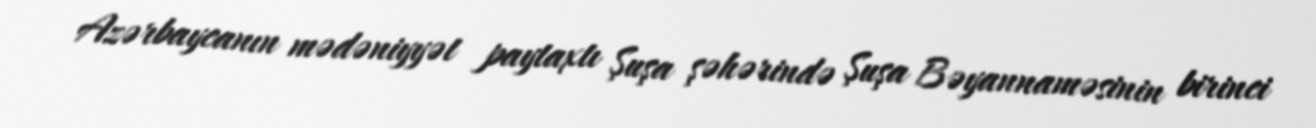
Azərbaycanın mədəniyyət paytaxtı Şuşa şəhərində Şuşa Bəyannaməsinin birinci